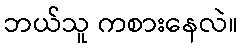
ဘယ်သူ ကစားနေလဲ။